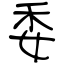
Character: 委